Report on the bubonic plague in Bombay, 1896-1897
Year: 1896
Disease focus: Plague
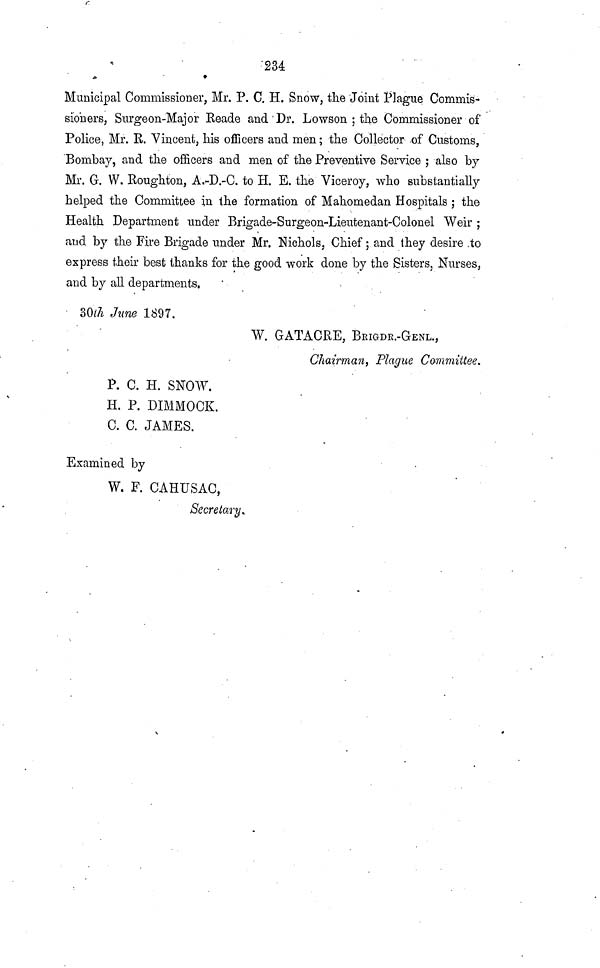
234
Municipal Commissioner, Mr. P. C. H. Snow, the Joint Plague Commis-
sioners, Surgeon-Major Reade and Dr. Lowson ; the Commissioner of
Police, Mr. E. Vincent, his officers and men ; the Collector of Customs,
Bombay, and the officers and men of the Preventive Service ; also by
Mr. G. W. Roughton, A.-D.-C. to H. E. the Viceroy, who substantially
helped the Committee in the formation of Mahomedan Hospitals ; the
Health Department under Brigade-Surgeon-Lieutenant-Colonel Weir ;
and by the Fire Brigade under Mr. Nichols, Chief ; and they desire to
express their best thanks for the good work done by the Sisters, Nurses,
and by all departments.
30th June 1897.
W. GATACRE, BrIGDR.-GENL.,
Chairman, Plague Committee.
P. C. H. SNOW.
H. P. DIMMOCK.
C. C. JAMES.
Examined by
W. F. CAHUSAC,
Secretary.